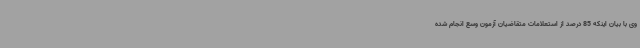
وی با بیان اینکه 85 درصد از استعلامات متقاضیان آزمون وسع انجام شده